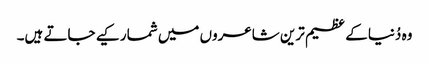
وہ دُنیا کے عظیم ترین شاعروں میں شمار کیے جاتے ہیں۔